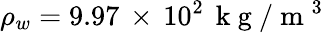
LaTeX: \rho_{w}=9.97\, \times\, 10^{2}\, \mathrm{~k~g~}/\mathrm{~m~}^{3}